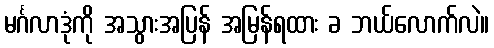
မင်္ဂလာဒုံကို အသွားအပြန် အမြန်ရထား ခ ဘယ်လောက်လဲ။